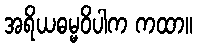
အရိယဓမ္မဝိပါက ကထာ။